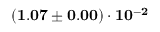
\mathbf { ( 1 . 0 7 \pm 0 . 0 0 ) \cdot 1 0 ^ { - 2 } }